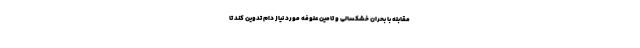
مقابله با بحران خشکسالی و تامین علوفه مورد نیاز دام تدوین کند تا